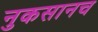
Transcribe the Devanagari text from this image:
नुकसानच